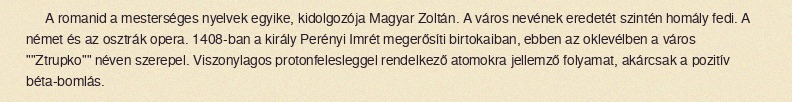
A romanid a mesterséges nyelvek egyike, kidolgozója Magyar Zoltán. A város nevének eredetét szintén homály fedi. A német és az osztrák opera. 1408-ban a király Perényi Imrét megerősíti birtokaiban, ebben az oklevélben a város ""Ztrupko"" néven szerepel. Viszonylagos protonfelesleggel rendelkező atomokra jellemző folyamat, akárcsak a pozitív béta-bomlás.